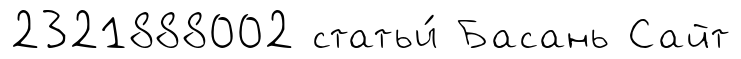
2321888002 статьи́ Басань Сайт